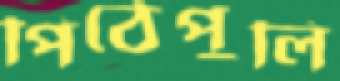
পিঠেপুলি